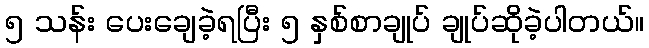
၅ သန်း ပေးချေခဲ့ရပြီး ၅ နှစ်စာချုပ် ချုပ်ဆိုခဲ့ပါတယ်။